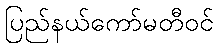
ပြည်နယ်ကော်မတီဝင်